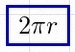
2\pi r